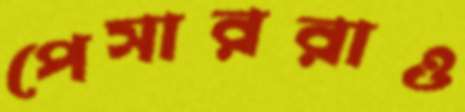
পেসাররাও